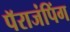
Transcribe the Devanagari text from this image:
पॅराजंपिंग